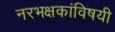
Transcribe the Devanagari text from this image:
नरभक्षकांविषयी